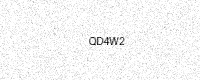
Text: QD4W2